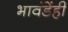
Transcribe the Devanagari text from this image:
भावंडेंही